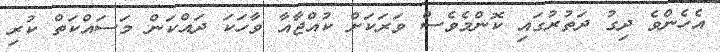
އެހެންވެ ދިގު ދަތުރުގައި ކޮންމެވެސް ވަރަކަށް ކުއްޖާއާ ވާހަކަ ދައްކަން މަސައްކަތް ކުރި